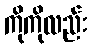
ကိုကိုလည်း